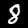
Digit: 8